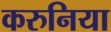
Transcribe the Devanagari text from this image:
करुनिया